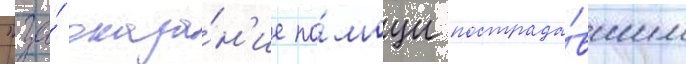
"за́ оказа́н'ие по́мощи пострада́вшим